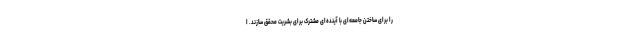
را برای ساختن جامعه‌ای با آینده‌ای مشترک برای بشریت محقق سازند. ا